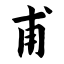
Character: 甫